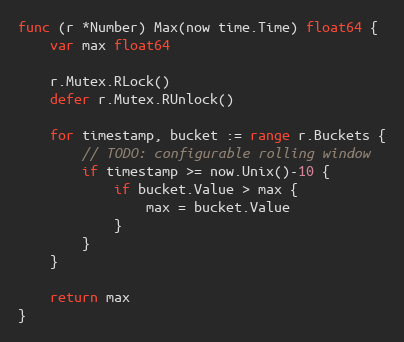
Language: Go
func (r *Number) Max(now time.Time) float64 {
	var max float64

	r.Mutex.RLock()
	defer r.Mutex.RUnlock()

	for timestamp, bucket := range r.Buckets {
		// TODO: configurable rolling window
		if timestamp >= now.Unix()-10 {
			if bucket.Value > max {
				max = bucket.Value
			}
		}
	}

	return max
}